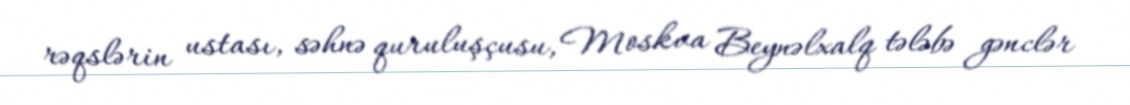
rəqslərin ustası, səhnə quruluşçusu, Moskva Beynəlxalq tələbə gənclər